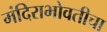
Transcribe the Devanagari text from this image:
मंदिराभोवतीचा